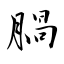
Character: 腡